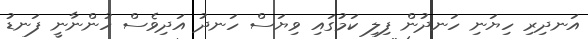
އަނދިރި ހިިޔަނި ހަނދުން ފިލި ކަމުގައި ވިޔަސް ހަނދު އަދިވެސް ހުންނާނީ ފަނޑު